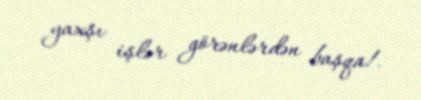
yaxşı işlər görənlərdən başqa!.